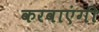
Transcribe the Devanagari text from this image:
करवाएंगी